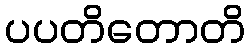
ပပတိတောတိ